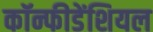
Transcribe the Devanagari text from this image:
कॉन्फीडेंशियल